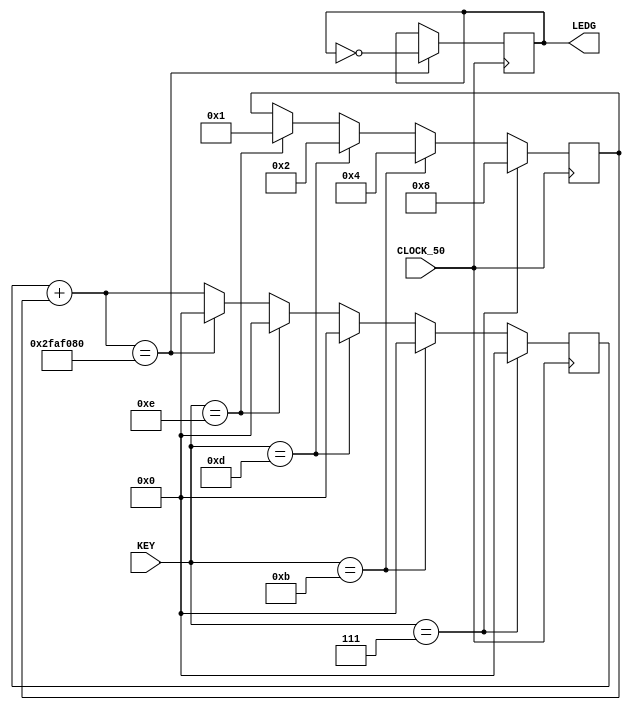
//ALUNOS: DEIVIDI LUIZ, RICARDO METZ WEITZ

//Funcionamento: Velocidade j inicia normal, com tempo de um segundo
//(KEY0 velocidade normal, KEY1 velocidade multiplicada por dois e sucessivamente com KEY2 e KEY3).

module piscaleds1(
		input CLOCK_50,
		input [3:0] KEY, //botoes
		//input [9:0] SW, //subir e descer
		output [7:0]LEDG //leds verde
		//output [9:0]LEDR	//leds vermelho
	);

	reg [25:0] contador = 0;
	reg [7:0] l = 0;
	reg [3:0] cont = 1;

	assign LEDG = l;

	always @(posedge CLOCK_50) begin
		contador = contador + cont;
		if(contador == 50000000) begin
			contador = 0;
			l = ~l;
		end

		if(KEY == 14) begin
			contador = 0;
			cont = 1;
		end

		if(KEY == 13) begin
			contador = 0;
			cont = 2;
		end

		if(KEY == 11) begin
			contador = 0;
			cont = 4;
		end

		if(KEY == 7) begin
			contador = 0;
			cont = 8;
		end
	end
endmodule